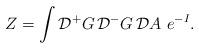
LaTeX: \begin{align*}Z= \int {\cal D} {^+}G \, {\cal D} {^-}G \, {\cal D} A\,\,e^{-I}.\end{align*}